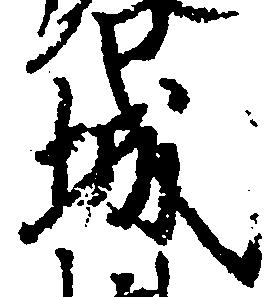
城